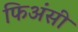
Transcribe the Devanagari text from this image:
फिअंसी